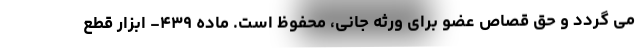
می گردد و حق قصاص عضو برای ورثه جانی، محفوظ است. ماده ۴۳۹- ابزار قطع